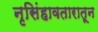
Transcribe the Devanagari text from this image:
नृसिंहावतारातून